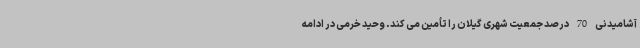
آشامیدنی 70 درصد جمعیت شهری گیلان را تأمین می کند. وحید خرمی در ادامه